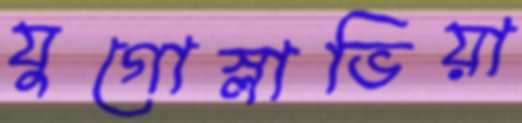
যুগোস্লাভিয়া